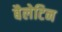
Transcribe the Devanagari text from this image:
बैलेटिन